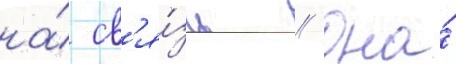
на́ св'я́зь // Она́